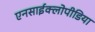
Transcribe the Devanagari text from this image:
एनसाईक्लोपीडिया